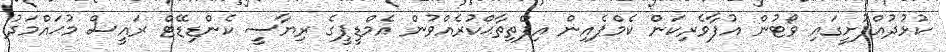
ކުޅުދުއްފުށީގައި ވޯޓުން އުފާވެރިކަން ކެމްޕެއިން އިފްތިތާޙްކުރެއްވުން އެމްޑީޕީގެ ރިޔާސީ ކެންޑިޑޭޓް ރައީސް މުޙައްމަދު